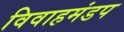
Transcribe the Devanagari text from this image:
विवाहमंडप